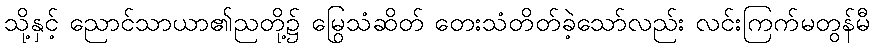
သို့နှင့် ညောင်သာယာ၏ညတို့၌ မြွေသံဆိတ် တေးသံတိတ်ခဲ့သော်လည်း လင်းကြက်မတွန်မီ